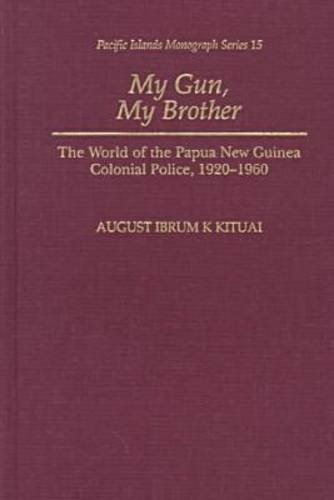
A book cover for My Gun, My Brother: The World of the Papua New Guinea Colonial Police, 1920-1960 (Pacific Islands Monograph Series); August Ibrum K. Kituai; History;